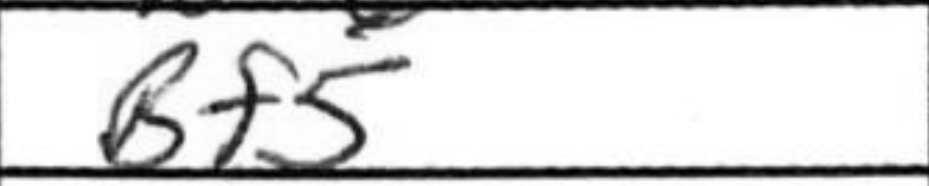
Transcription: Bf5